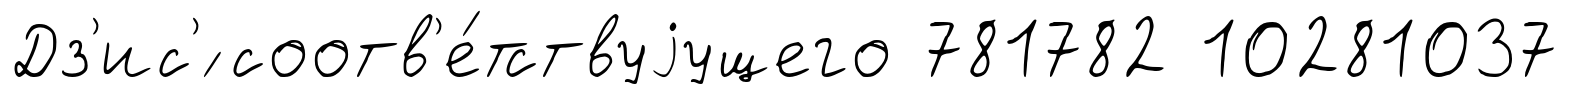
Дз'ис'́ соотв'е́тствуjущего 781782 10281037